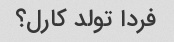
فردا تولد کارل؟